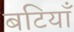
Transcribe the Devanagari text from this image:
बटियाँ